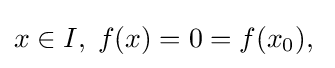
x\in I,\;f(x)=0=f(x_{0}),\;